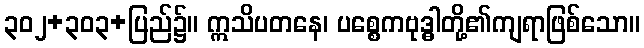
၃၀၂+၃၀၃+ပြည်၌။ ဣသိပတနေ၊ ပစ္စေကဗုဒ္ဓါတို့၏ကျရာဖြစ်သော။